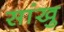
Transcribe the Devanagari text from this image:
सांखु